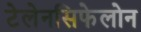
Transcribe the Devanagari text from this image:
टेलेनसिफेलोन